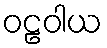
ဝဠဝါယ